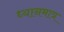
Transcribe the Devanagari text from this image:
ध्यानमात्र